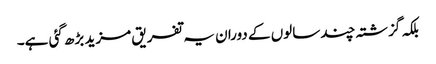
بلکہ گزشتہ چند سالوں کے دوران یہ تفریق مزید بڑھ گئی ہے۔